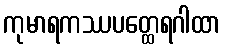
ကုမာရကဿပတ္ထေရဂါထာ